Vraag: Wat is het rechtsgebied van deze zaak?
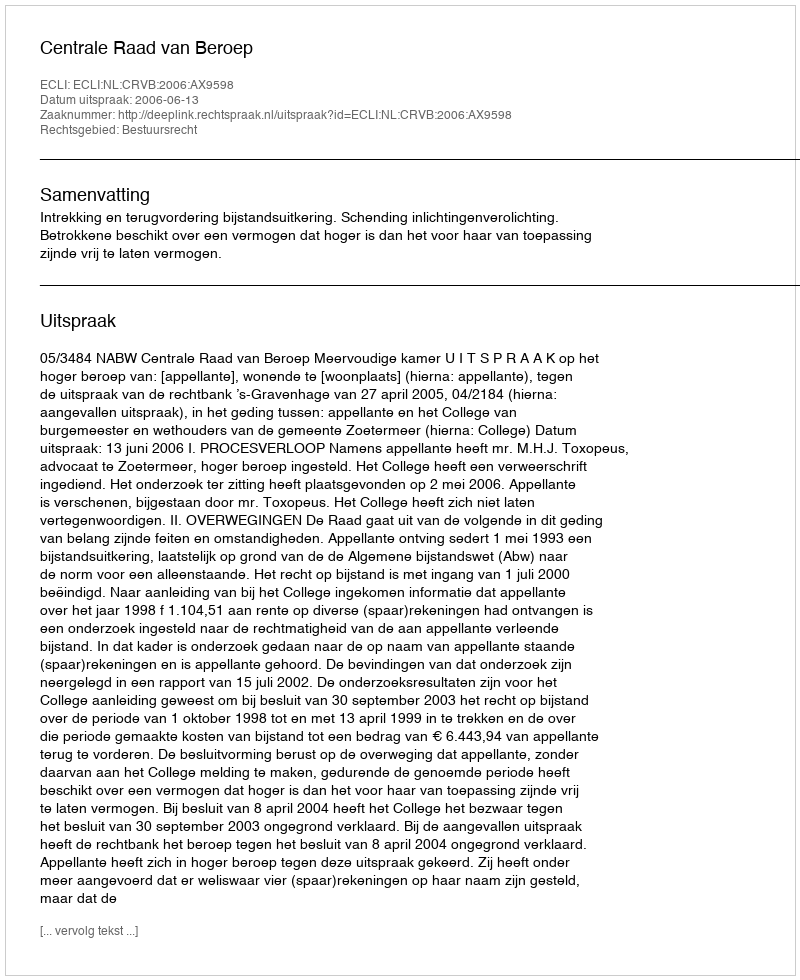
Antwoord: Bestuursrecht